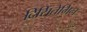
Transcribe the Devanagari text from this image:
दिसिंतेग्रिन